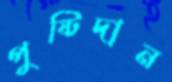
পুষ্টিদান